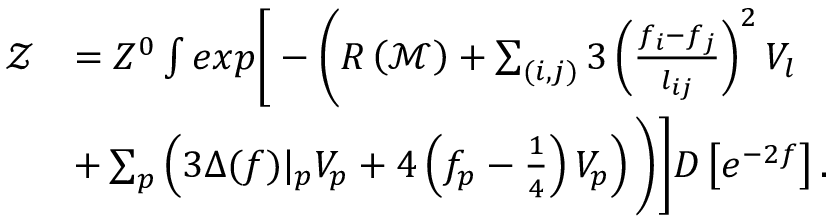
\begin{array} { r l } { \mathcal { Z } } & { = Z ^ { 0 } \int e x p \Bigg [ - \Bigg ( R \left( \mathcal { M } \right) + \sum _ { ( i , j ) } 3 \left( \frac { f _ { i } - f _ { j } } { l _ { i j } } \right) ^ { 2 } V _ { l } } \\ & { + \sum _ { p } \left( 3 \Delta ( f ) \vert _ { p } V _ { p } + 4 \left( f _ { p } - \frac { 1 } { 4 } \right) V _ { p } \right) \Bigg ) \Bigg ] D \left[ e ^ { - 2 f } \right] . } \end{array}